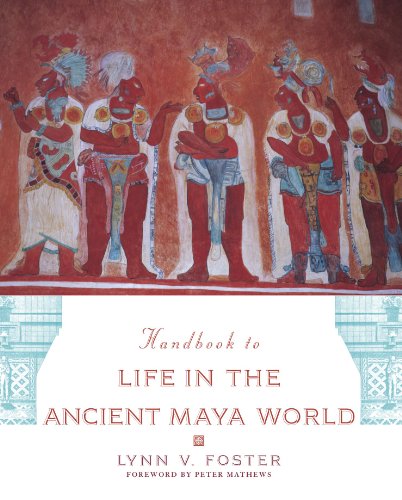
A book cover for Handbook to Life in the Ancient Maya World; Lynn V. Foster; History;